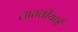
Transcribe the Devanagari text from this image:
लातवीयाई